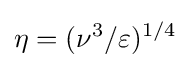
\eta =(\nu ^{3}/\varepsilon )^{1/4}